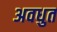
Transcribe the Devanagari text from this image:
अवधुत